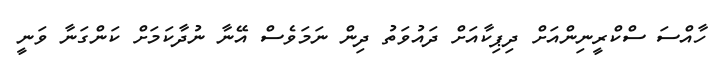
ހާއްސަ ސްކްރީނިންއަށް ދިޕިކާއަށް ދައުވަތު ދިން ނަމަވެސް އޭނާ ނުދާކަމަށް ކަންގަނާ ވަނީ